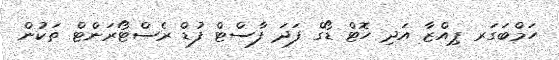
ހަމްބަގަރ ޕިއްޒާ އަދި ހޮޓް ޑޯގް ފަދަ ފާސްޓް ފުޑް ރެސްޓޯރަންޓް ތަކުން